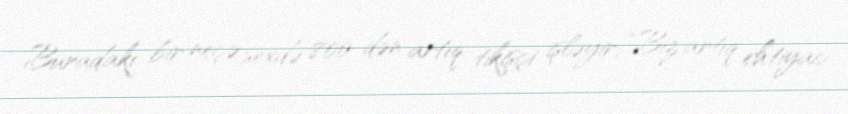
Buradakı bir neçə sexdə 800-dən artıq tikişçi işləyir: “Biz artıq ehtiyac